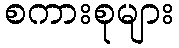
စကားစုများ